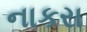
નાકરા